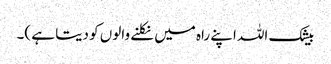
بیشک اللہ اپنے راہ میں نکلنے والوں کو دیتا ہے )۔